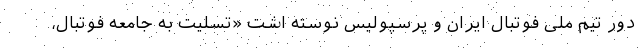
دور تیم ملی فوتبال ایران و پرسپولیس نوسته اشت «تسلیت به جامعه فوتبال،